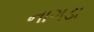
નાગડા